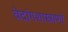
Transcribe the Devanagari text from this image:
वेदांगशास्त्राणां